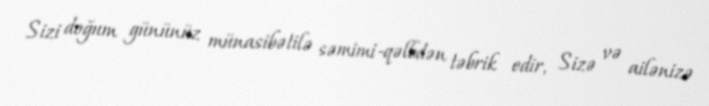
Sizi doğum gününüz münasibətilə səmimi-qəlbdən təbrik edir, Sizə və ailənizə